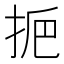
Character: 𢫷